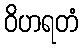
ဝိဟရတံ